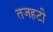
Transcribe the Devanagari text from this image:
तजहटी